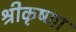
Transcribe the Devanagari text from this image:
श्रीकृष्णा